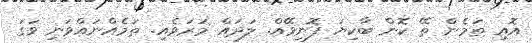
އޮއި ތަމެން ތޭ ކޮން ބާކިޔަ ފޮނިވޭއް. ލަދައް މަރަވެއި. ތަމެއްނައްވަނި ވަގަ